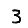
Digit: 3